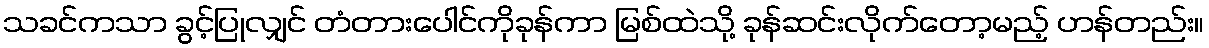
သခင်ကသာ ခွင့်ပြုလျှင် တံတားပေါင်ကိုခုန်ကာ မြစ်ထဲသို့ ခုန်ဆင်းလိုက်တော့မည့် ဟန်တည်း။